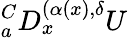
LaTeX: {}_{a}^{C}D_{x}^{(\alpha(x),\delta}U